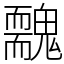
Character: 䰭